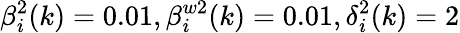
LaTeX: \beta_{i}^{2}(k)=0.01,\beta_{i}^{w2}(k)=0.01,\delta_{i}^{2}(k)=2